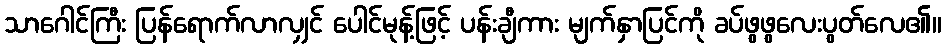
သာဂေါင်ကြီး ပြန်ရောက်လာလျှင် ပေါင်မုန့်ဖြင့် ပန်းချီကား မျက်နှာပြင်ကို ခပ်ဖွဖွလေးပွတ်လေ၏။